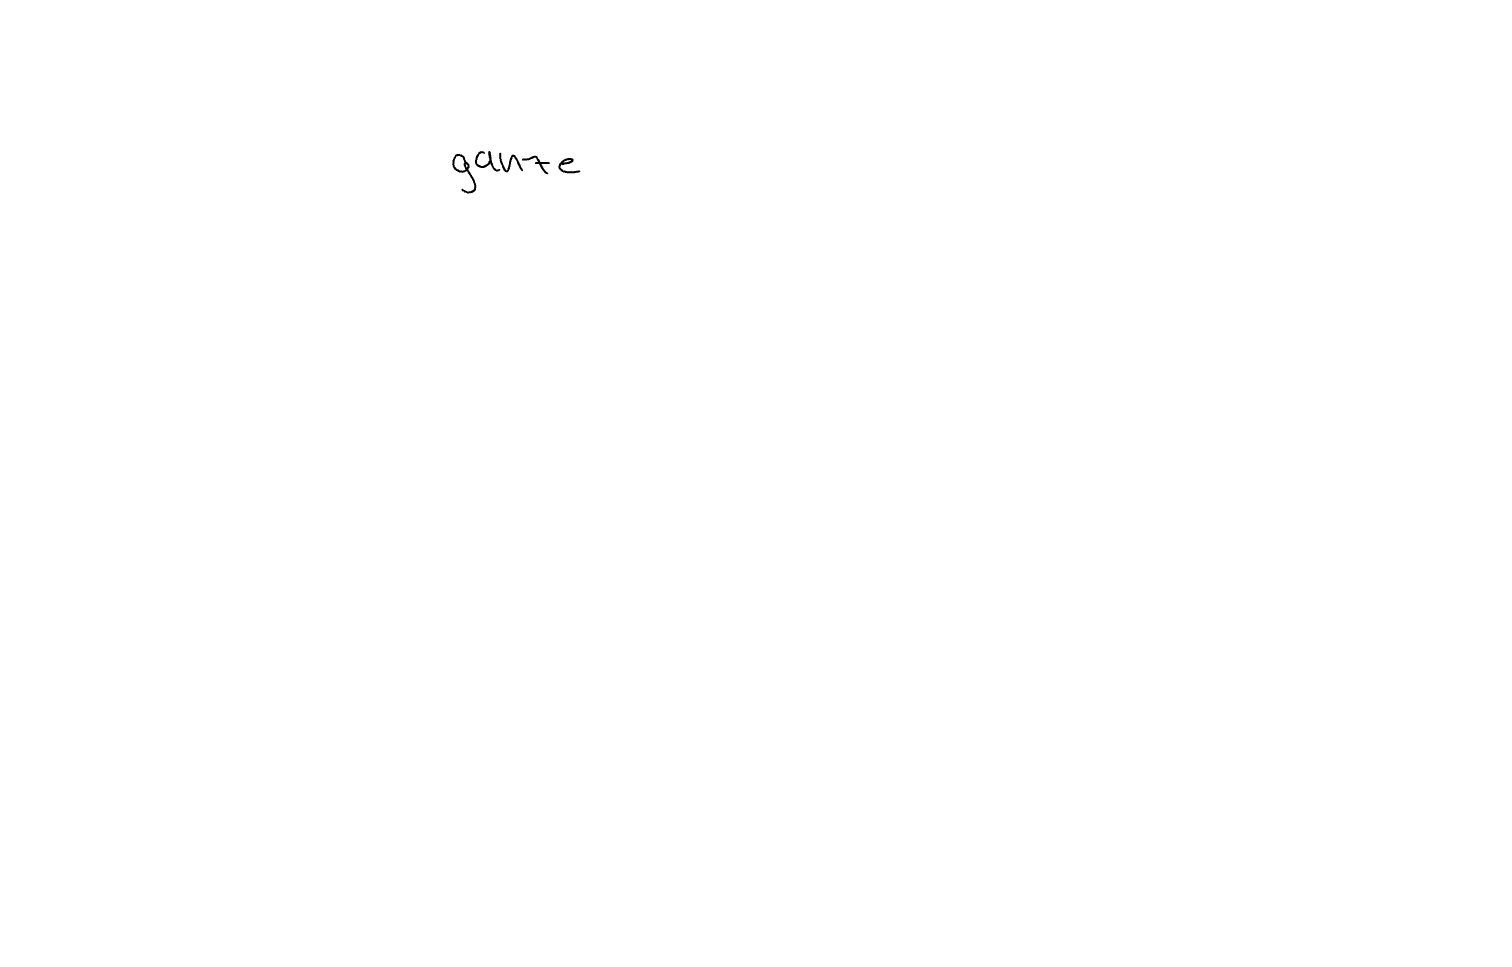
Text: ganze